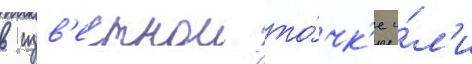
в изв'естнои то́чк'е и́л'и